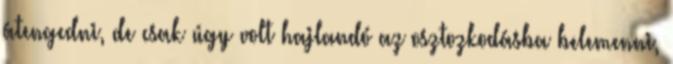
átengedni, de csak úgy volt hajlandó az osztozkodásba belemenni,